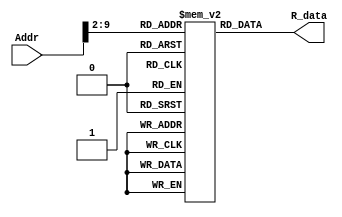
module ROM(Addr, R_data);
input [31:0] Addr;
output [31:0] R_data;

reg [31:0] mem [255:0];

assign R_data = mem[Addr>>2];
endmodule